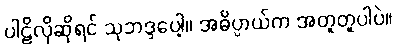
ပါဠိလိုဆိုရင် သုဘဒ္ဒပေါ့။ အဓိပ္ပာယ်က အတူတူပါပဲ။